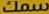
سمك